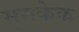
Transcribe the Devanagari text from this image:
मुनकेक